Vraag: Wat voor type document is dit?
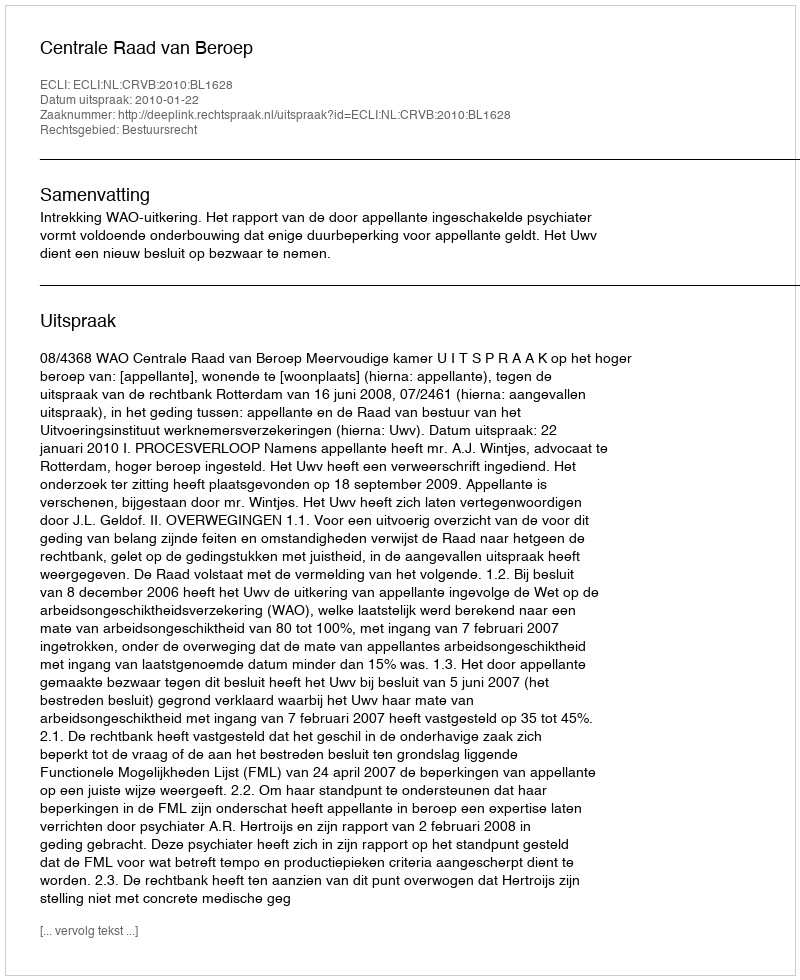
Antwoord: Uitspraak